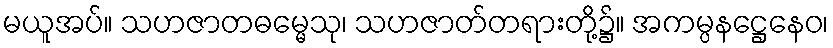
မယူအပ်။ သဟဇာတဓမ္မေသု၊ သဟဇာတ်တရားတို့၌။ အကမ္ပနဋ္ဌေနေဝ၊